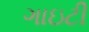
ગાઇટી